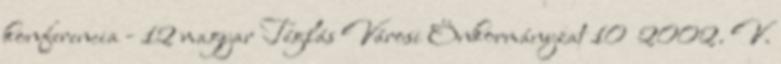
konferencia - 12 magyar Téglás Városi Önkormányzat 10 2002. V.